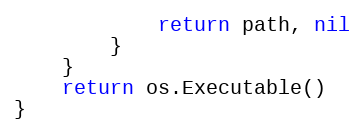
Language: Go
			return path, nil
		}
	}
	return os.Executable()
}